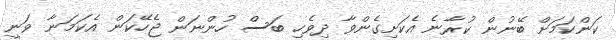
ކަންކަމަށް ބޭނުން ކުރާނެ އެކަށިގެންވާ ދިވެހި ބަސް ހުންނަން ޖެހޭކަން އެކަމަނާ ވަނީ